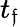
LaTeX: t_{\mathfrak{f}}